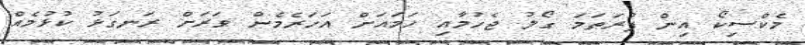
މެކްސިކޯ އިން ފުރަތަމަ ގޯލު ޖެހުމާއި ހަމައަށް އަހަރެމެން ވަރަށް ރަނގަޅު ކުޅުމެއް